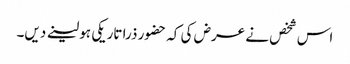
اس شخص نے عرض کی کہ حضور ذرا تاریکی ہو لینے دیں۔